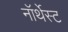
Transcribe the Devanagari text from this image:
नॉर्थेस्ट